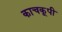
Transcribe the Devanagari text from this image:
काचकूपी